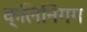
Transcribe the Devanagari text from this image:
क्लिनिंगग